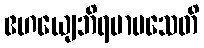
ဧဟယျေဘိရမာမသေတိ